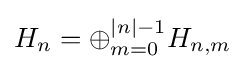
H_{n}=\oplus _{m=0}^{|n|-1}H_{n,m}